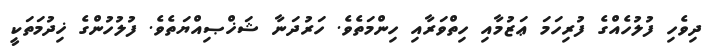
ދިވެހި ފުލުހެއްގެ ފުރިހަމަ ޢަޒުމާއި ހިތްވަރާއި ހިންމަތެވެ. ހަރުދަނާ ޝަޚްޞިއްޔަތެވެ. ފުލުހުންގެ ޚިދުމަތަކީ